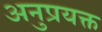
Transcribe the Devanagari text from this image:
अनुप्रयक्त